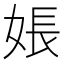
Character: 𪥽